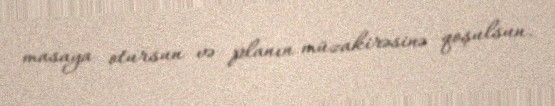
masaya otursun və planın müzakirəsinə qoşulsun.